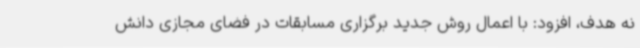
نه هدف، افزود: با اعمال روش جدید برگزاری مسابقات در فضای مجازی دانش